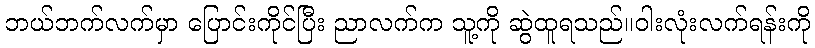
ဘယ်ဘက်လက်မှာ ပြောင်းကိုင်ပြီး ညာလက်က သူ့ကို ဆွဲထူရသည်။ဝါးလုံးလက်ရန်းကို